65_HS1-834228961_62-HQ-83894_Section_3
Agency: FBI
Page 117
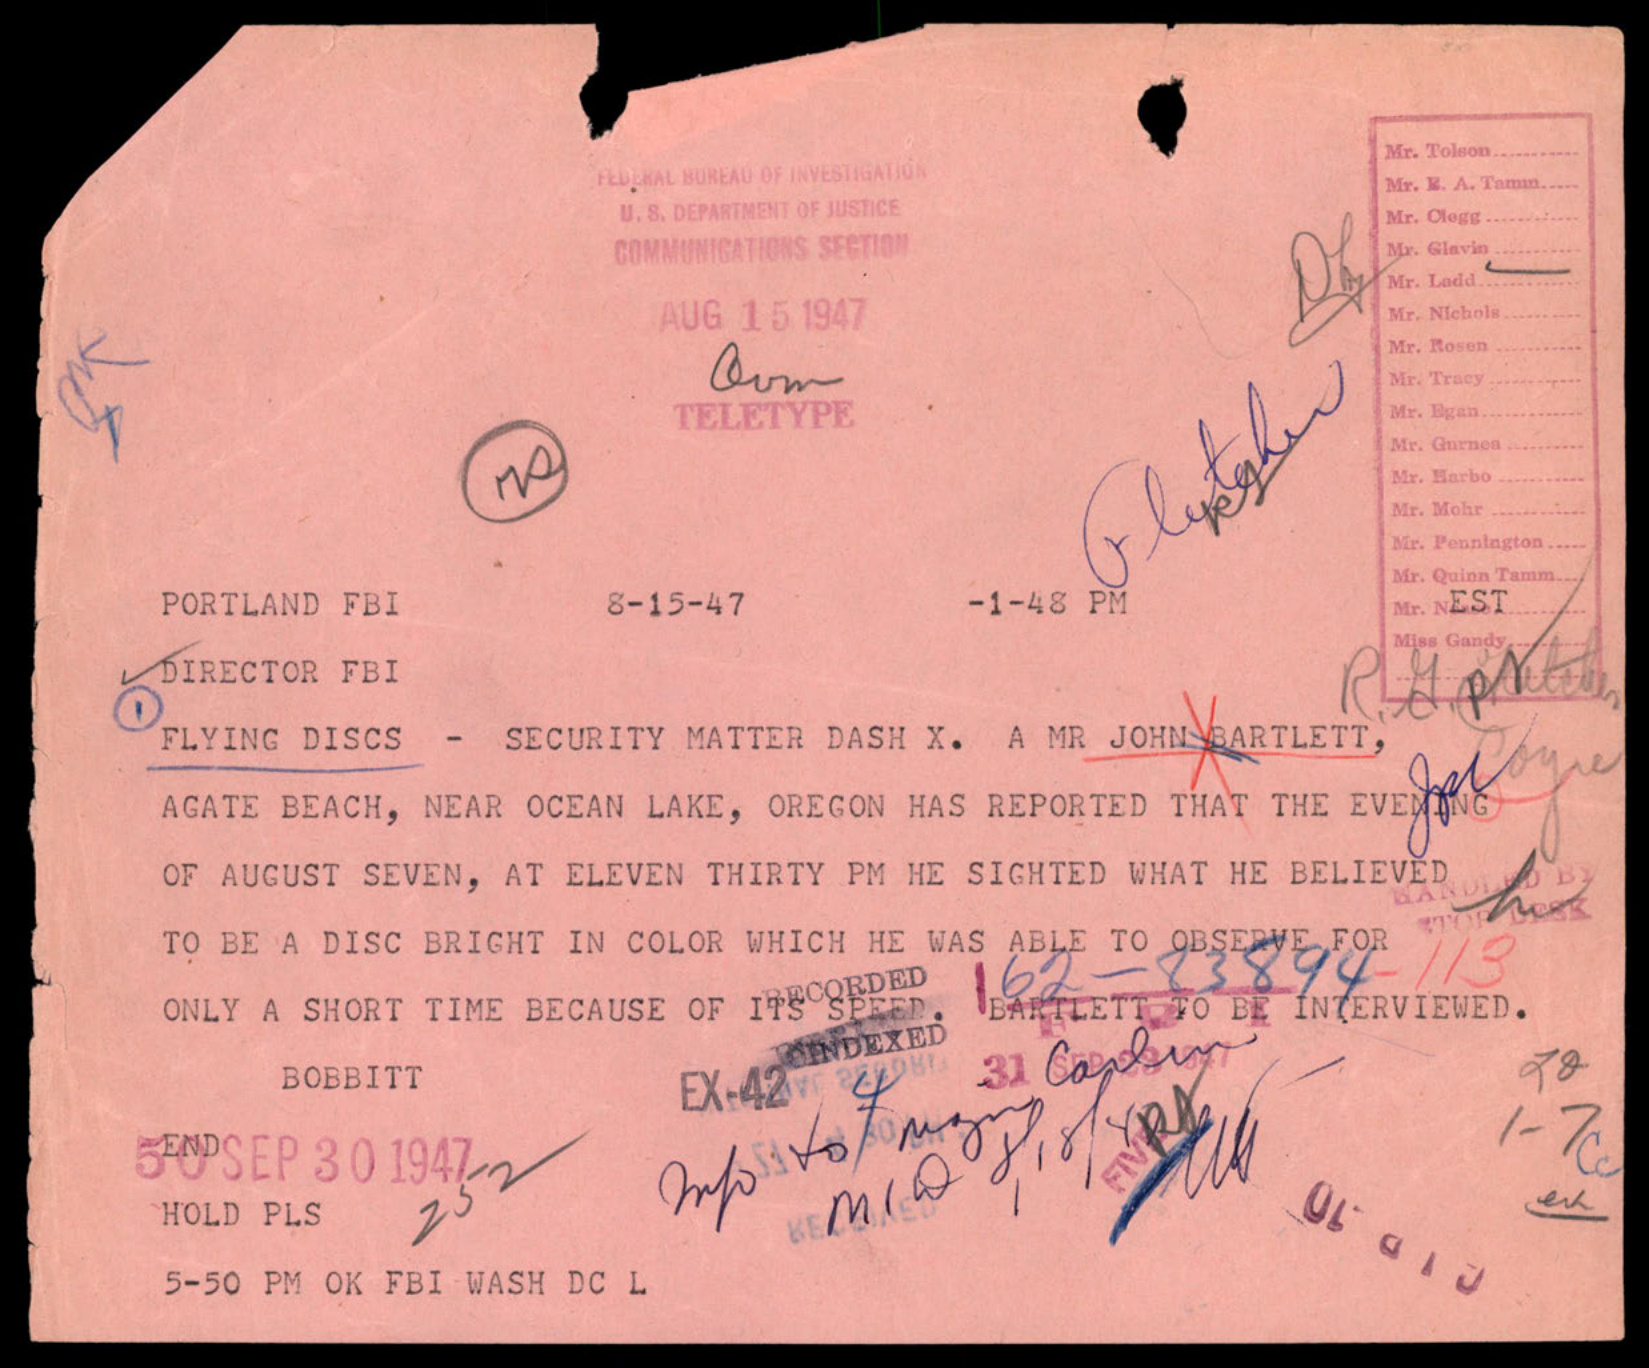